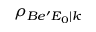
\rho _ { B e ^ { \prime } E _ { 0 } | k }